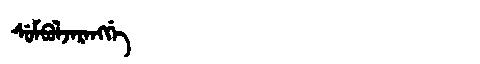
Manchu: ᠰᡠᠮᠪᡠᠯᠵᠠᡵᠠᠩᡤᡝ
Romanization: SUMBULJARANGGE